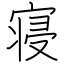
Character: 寝